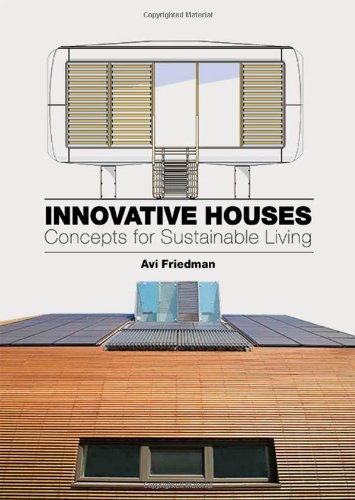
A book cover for Innovative Houses: Concepts for Sustainable Living; Avi Friedman; Crafts, Hobbies & Home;